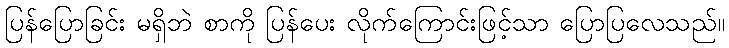
ပြန်ပြောခြင်း မရှိဘဲ စာကို ပြန်ပေး လိုက်ကြောင်းဖြင့်သာ ပြောပြလေသည်။